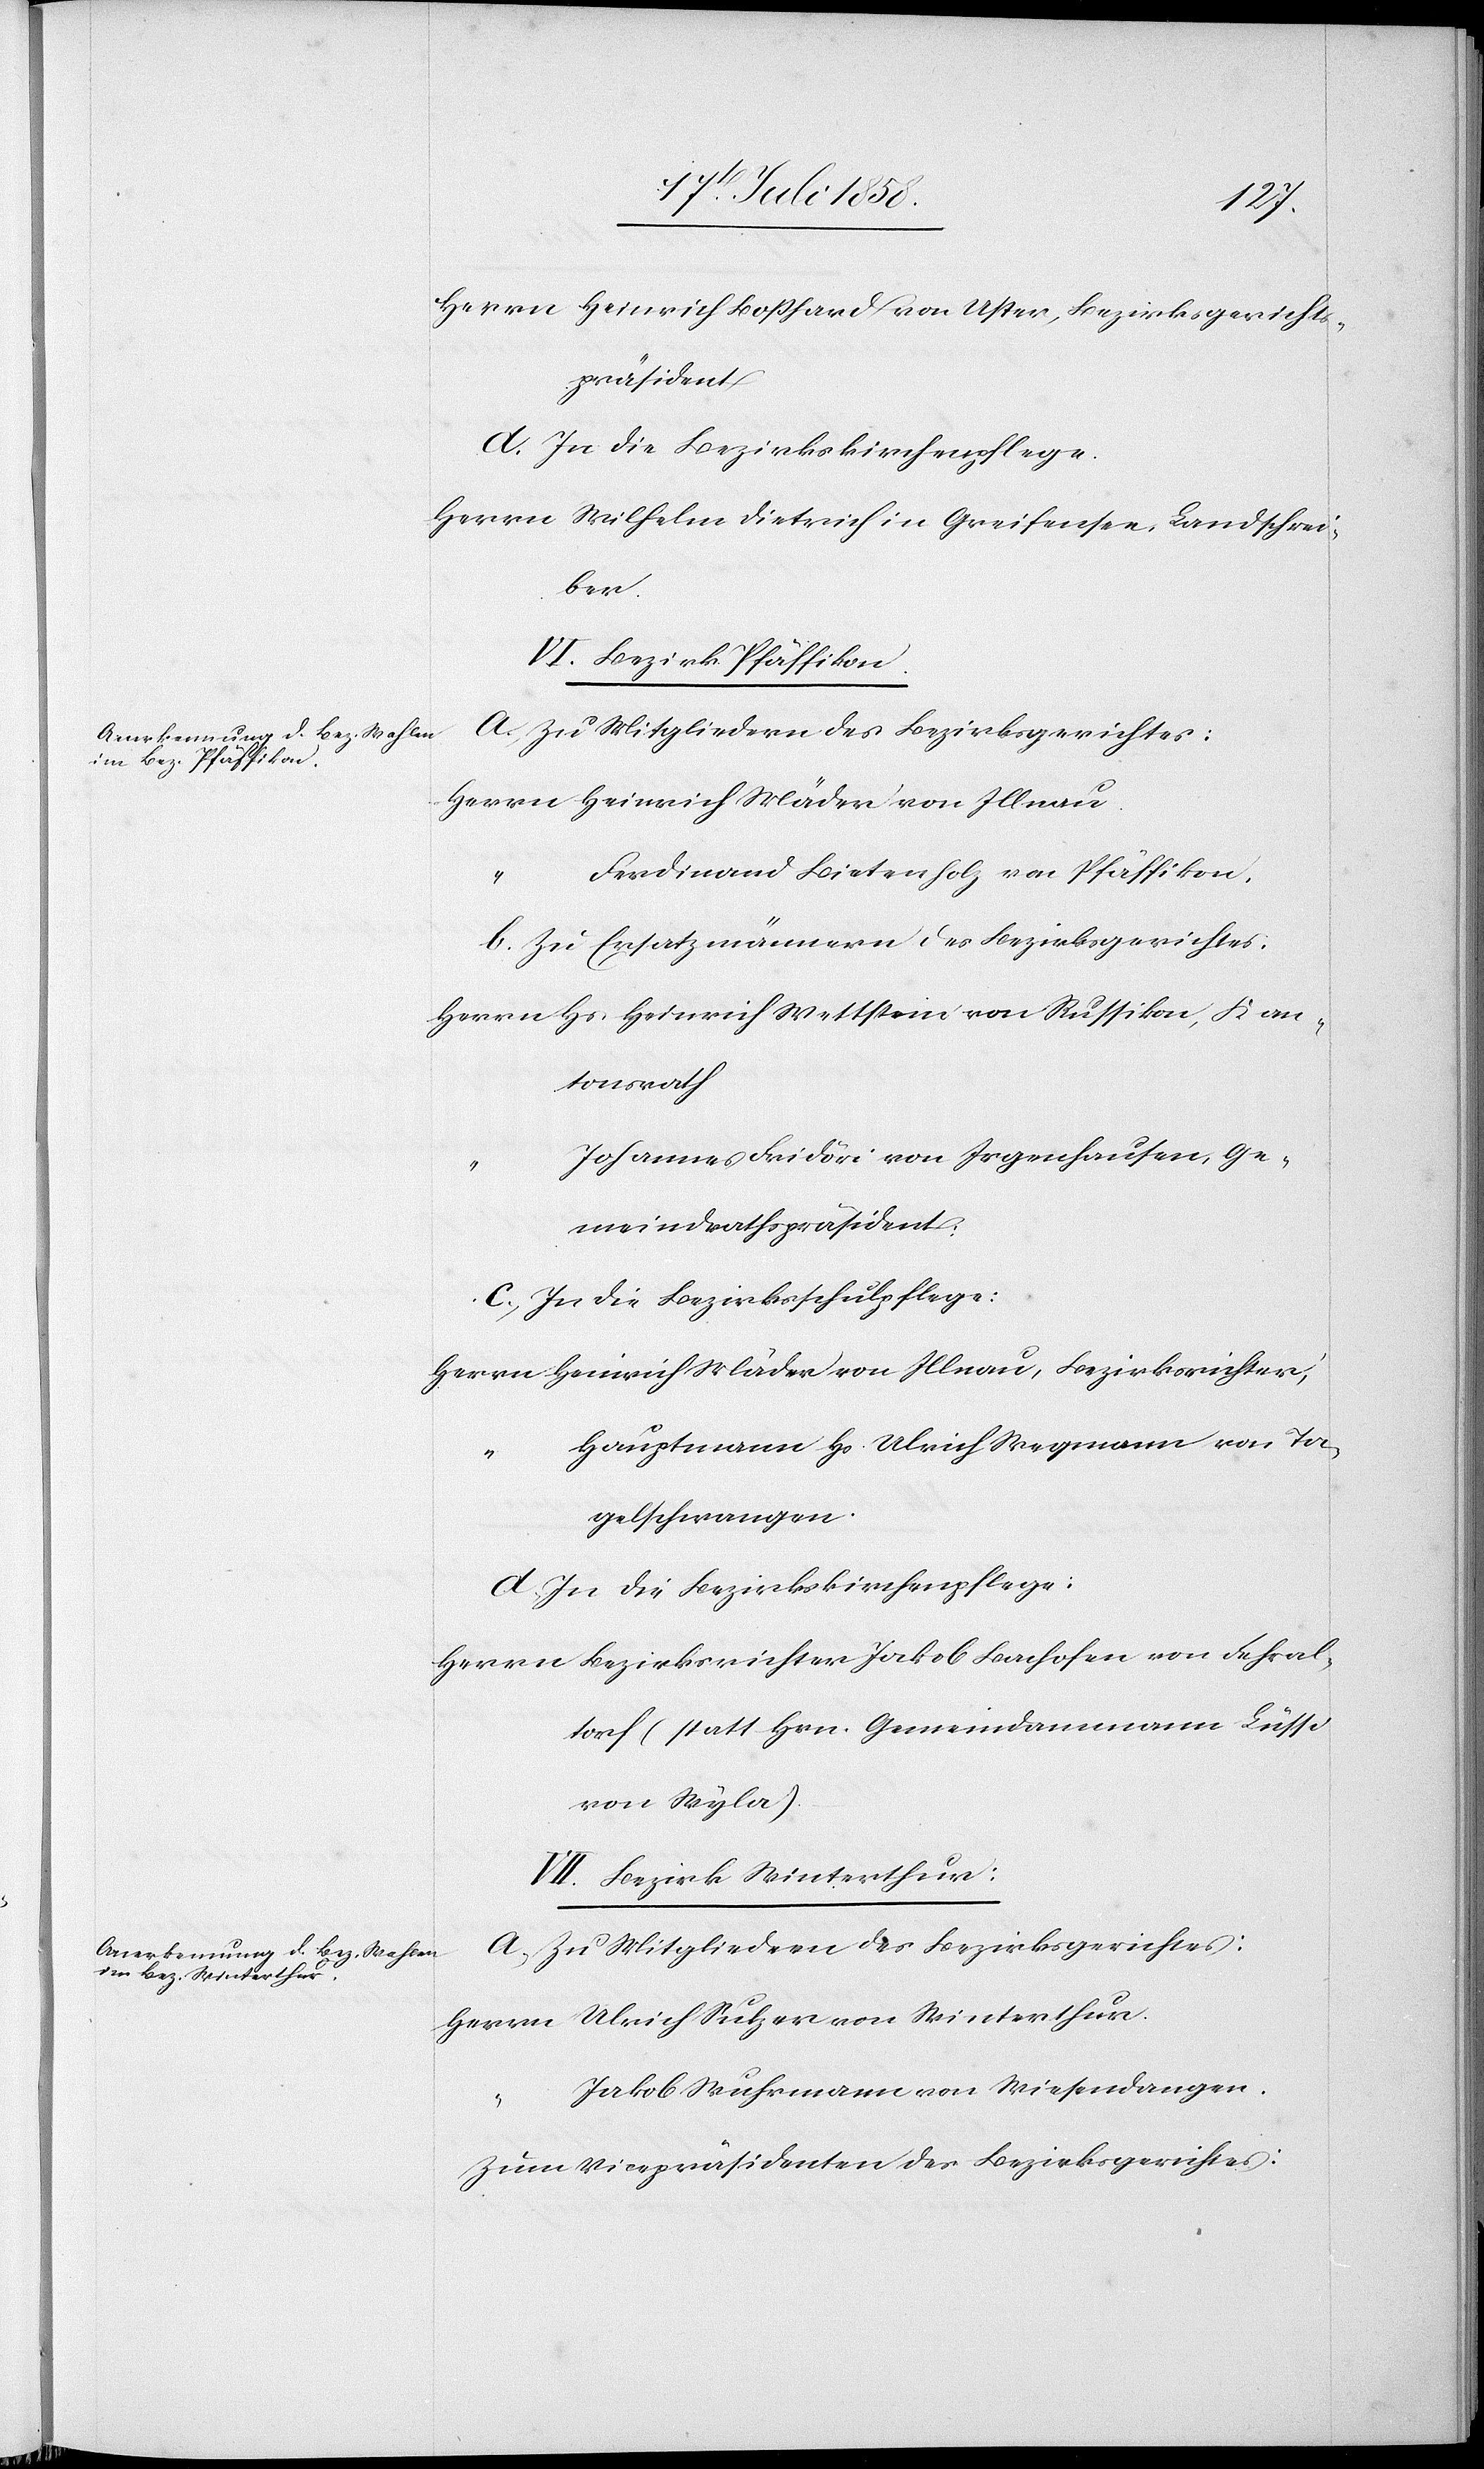
Herrn Heinrich Boßhard von Uster, Bezirksgericht¬
spräsident
d. In die Bezirkskirchenpflege.
Herrn Wilhelm Dietrich in Greifensee, Landschrei¬
ber.
VI. Bezirk Pfäffikon.
a. Zu Mitgliedern des Bezirksgerichtes:
Herrn Heinrich Mäder von Illnau.
Ferdinand Bietenholz von Pfäffikon.
b. Zu Ersatzmännern des Bezirksgerichtes:
Herrn Hs. Heinrich Wettstein von Russikon, Kan¬
tonsrath
Johannes Fridöri von Irgenhausen, Ge¬
meindrathspräsident;
c. In die Bezirksschulpflege:
Herrn Heinrich Mäder von Illnau, Bezirksrichter,
Hauptmann Hs. Ulrich Wegmann von Ta¬
gelschwangen.
d. In die Bezirkskirchenpflege.
Herrn Bezirksrichter Jakob Bachofen von Fehral¬
torf (statt Hrn. Gemeindammann Lüssi
VII. Bezirk Winterthur:
a. Zu Mitgliedern des Bezirksgerichtes:
Herrn Ulrich Sulzer von Winterthur.
Jakob Wuhrmann von Wiesendangen.
Zum Vicepräsidenten des Bezirksgerichtes: